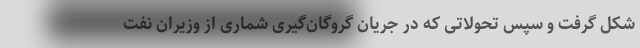
شکل گرفت و سپس تحولاتی که در جریان گروگان‌گیری شماری از وزیران نفت